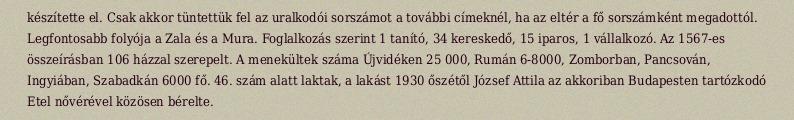
készítette el. Csak akkor tüntettük fel az uralkodói sorszámot a további címeknél, ha az eltér a fő sorszámként megadottól. Legfontosabb folyója a Zala és a Mura. Foglalkozás szerint 1 tanító, 34 kereskedő, 15 iparos, 1 vállalkozó. Az 1567-es összeírásban 106 házzal szerepelt. A menekültek száma Újvidéken 25 000, Rumán 6-8000, Zomborban, Pancsován, Ingyiában, Szabadkán 6000 fő. 46. szám alatt laktak, a lakást 1930 őszétől József Attila az akkoriban Budapesten tartózkodó Etel nővérével közösen bérelte.